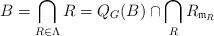
LaTeX: \begin{align*}B=\bigcap_{R\in\Lambda}R=Q_G(B)\cap \bigcap_R R_{\frak m_R}\end{align*}